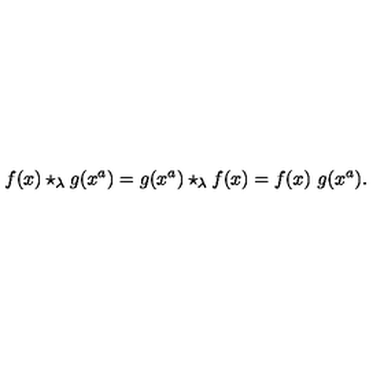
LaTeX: f ( x ) \star _ { \lambda } g ( x ^ { a } ) = g ( x ^ { a } ) \star _ { \lambda } f ( x ) = f ( x ) \ g ( x ^ { a } ) .